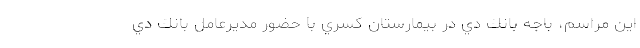
اين مراسم، باجه بانك دي در بيمارستان كسري با حضور مديرعامل بانك دي